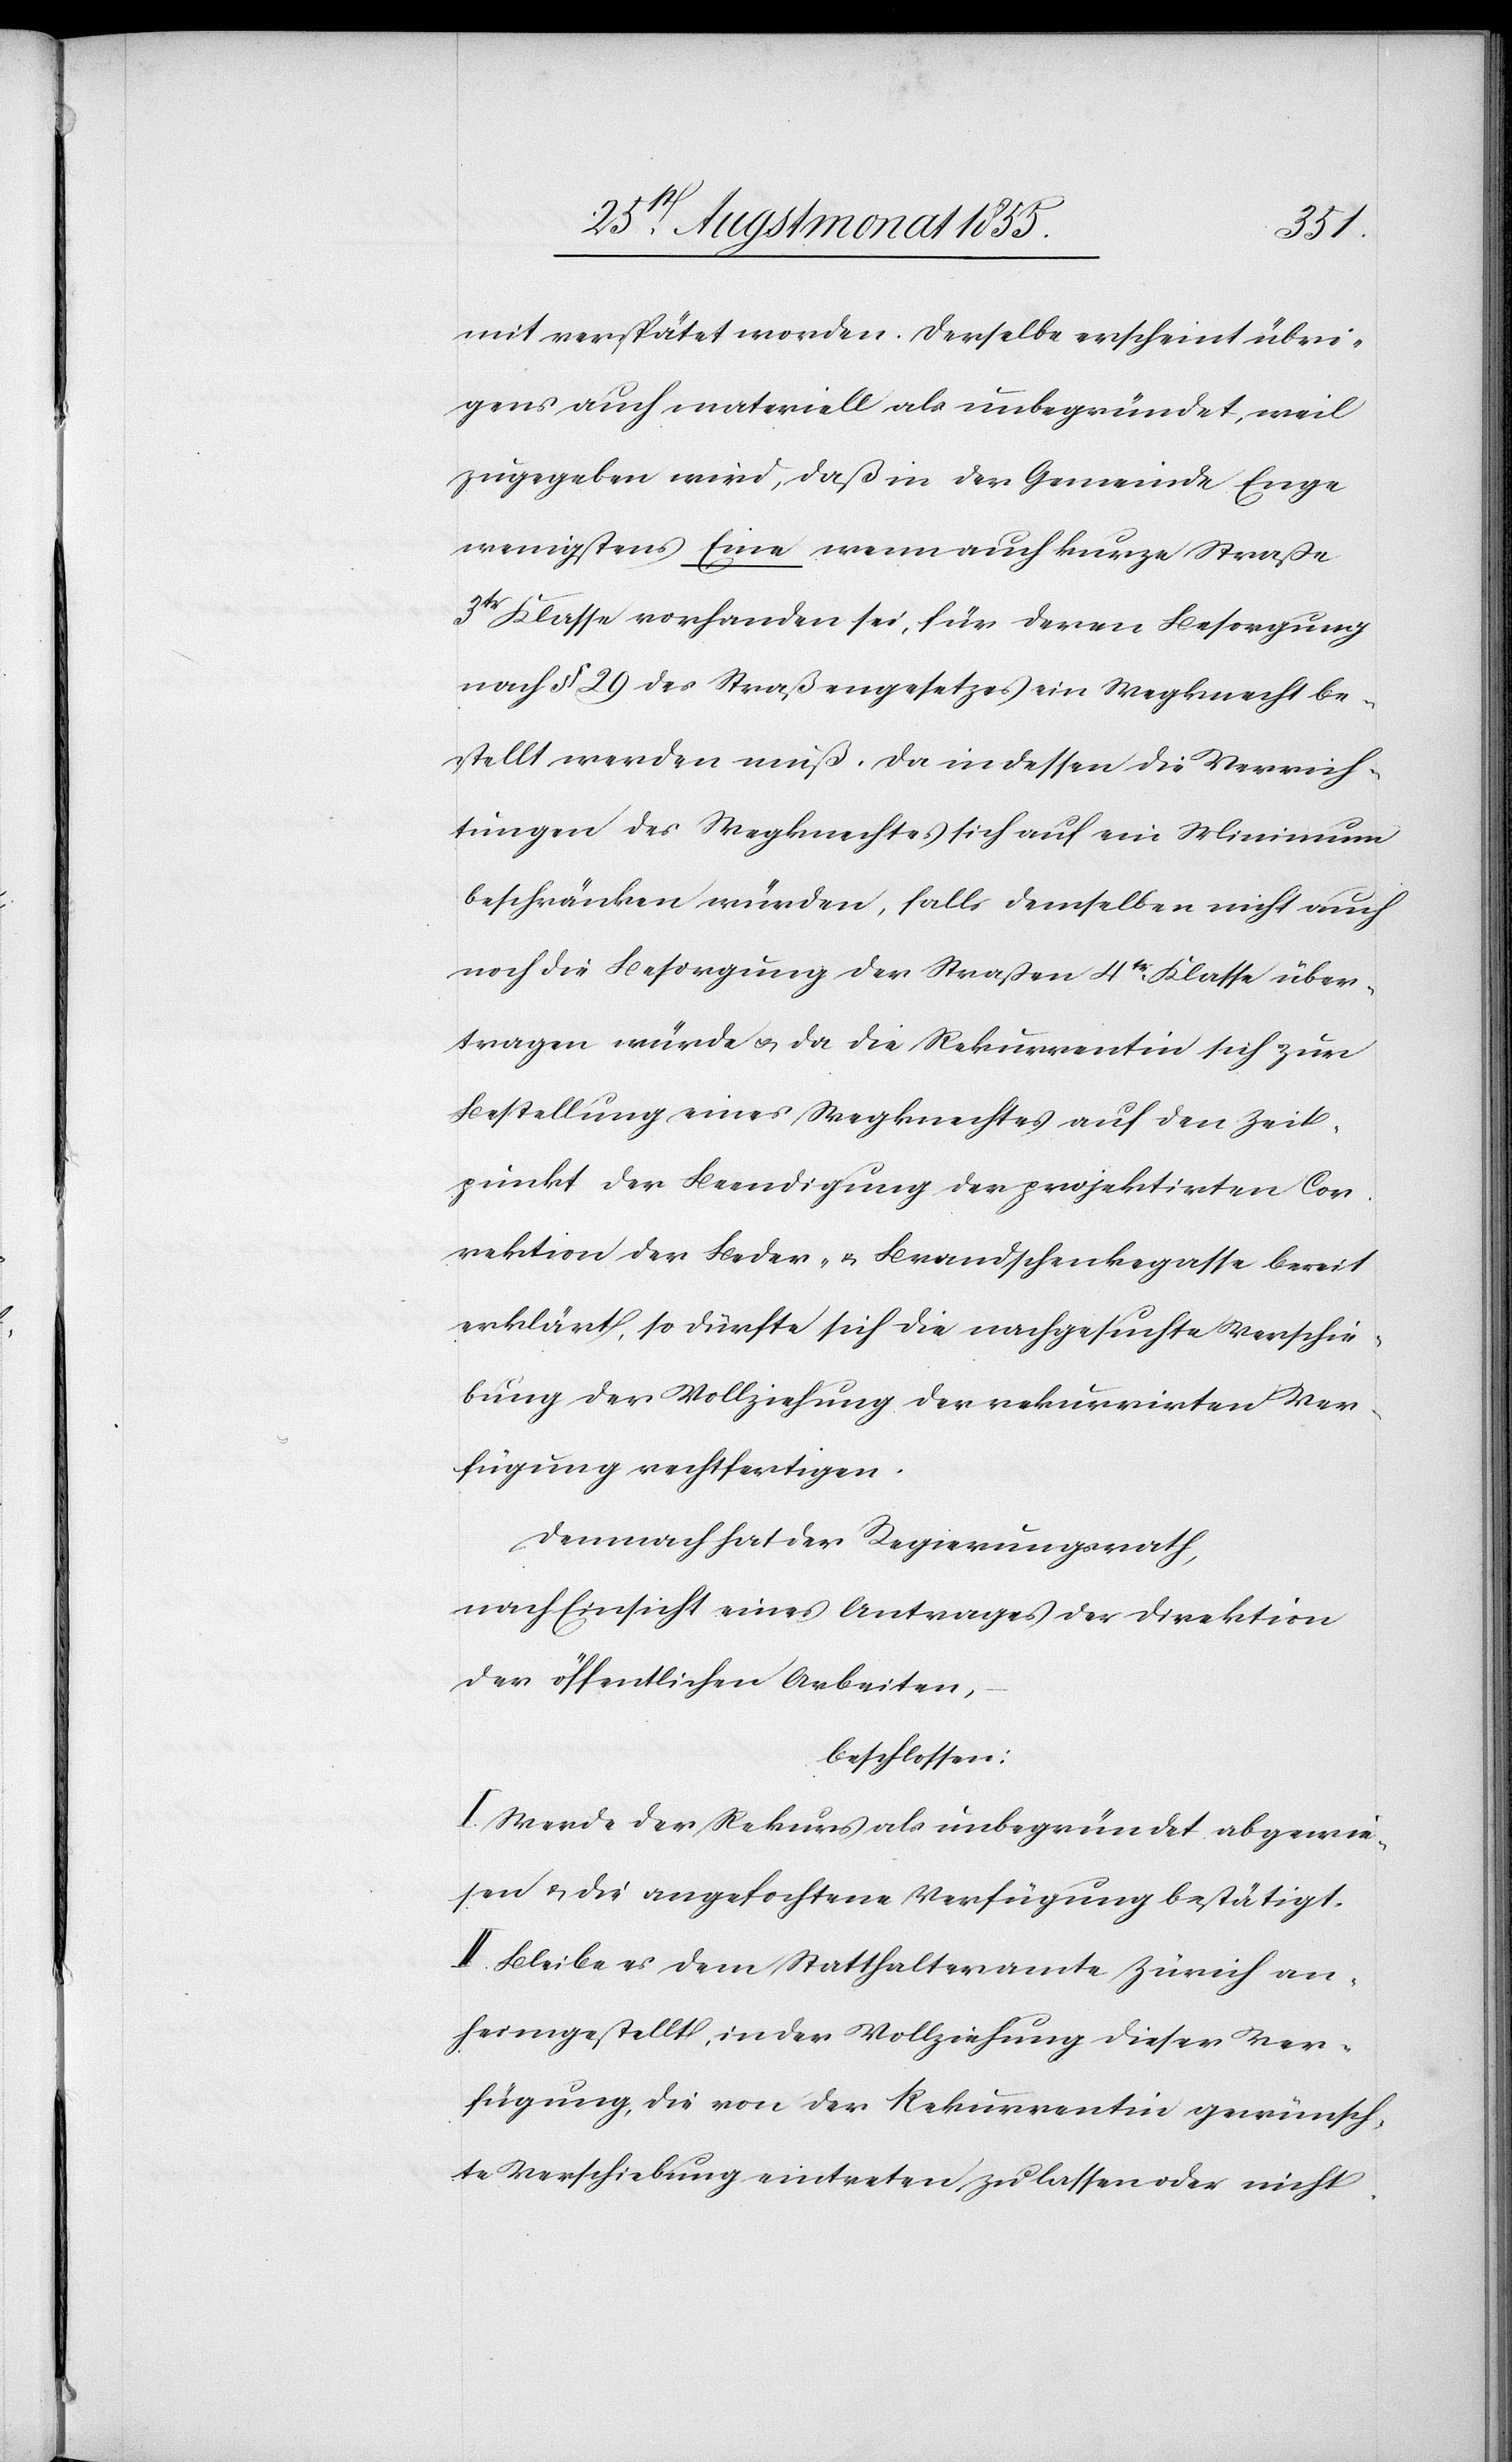
mit verspätet worden. Derselbe erscheint übri¬
gens auch materiell als unbegründet, weil
zugegeben wird, daß in der Gemeinde Enge
wenigstens Eine wenn auch kurze Straße
3tr Klasse vorhanden sei, für deren Besorgung
nach § 29 des Straßengesetzes ein Wegknecht be¬
stellt werden muß. Da indessen die Verrich¬
tungen des Wegknechtes sich auf ein Minimum
beschränken würden, falls demselben nicht auch
noch die Besorgung der Straßen 4tr. Klasse über¬
tragen würde & da die Rekurrentin sich zur
Bestellung eines Wegknechtes auf den Zeit¬
punkt der Beendigung der projektirten Cor¬
rektion der Beder- & Brandschenkegasse bereit
erklärt, so dürfte sich die nachgesuchte Verschie¬
bung der Vollziehung der rekurrirten Ver¬
fügung rechtfertigen.
Demnach hat der Regierungsrath,
nach Einsicht eines Antrages der Direktion
der öffentlichen Arbeiten,
beschlossen:
I. Werde der Rekurs als unbegründet abgewie¬
sen & die angefochtene Verfügung bestätigt.
II. Bleibe es dem Statthalteramte Zürich an¬
heimgestellt, in der Vollziehung dieser Ver¬
fügung, die von der Rekurrentin gewünsch¬
te Verschiebung eintreten zu lassen oder nicht.